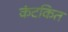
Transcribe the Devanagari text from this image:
कंटकित